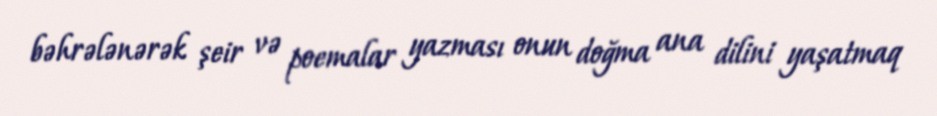
bəhrələnərək şeir və poemalar yazması onun doğma ana dilini yaşatmaq